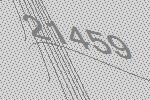
21459